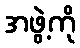
အဖွဲ့ကို